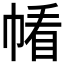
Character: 𱜰